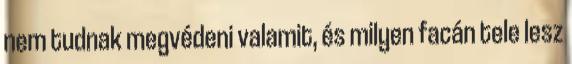
nem tudnak megvédeni valamit, és milyen facán tele lesz